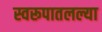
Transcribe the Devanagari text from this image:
स्वरूपातलल्या